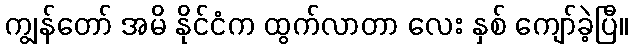
ကျွန်တော် အမိ နိုင်ငံက ထွက်လာတာ လေး နှစ် ကျော်ခဲ့ပြီ။